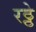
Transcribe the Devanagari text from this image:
रठ्ठे